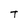
Character: T